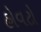
હોવટો